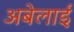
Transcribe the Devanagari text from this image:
अबेलाई